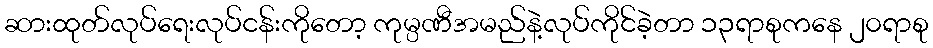
ဆားထုတ်လုပ်ရေးလုပ်ငန်းကိုတော့ ကုမ္ပဏီအမည်နဲ့လုပ်ကိုင်ခဲ့တာ ၁၃ရာစုကနေ ၂၀ရာစု